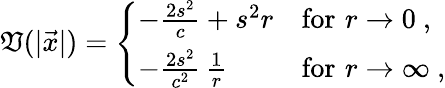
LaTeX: \mathfrak{V}(\vert\vec{{x}}\vert)=\left\{ \begin{array}{ll}{{-\frac{2s^{2}}{c}+s^{2}r}}&{{\mathrm{for}\, \, r\to 0~,}}\\ {{-\frac{2s^{2}}{c^{2}}\, \frac{1}{r}}}&{{\mathrm{for}\, \, r\to\infty~,}}\end{array}\right.